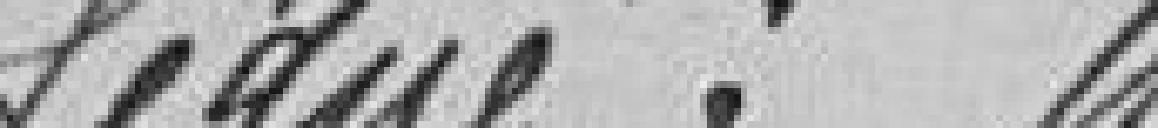
Signé :